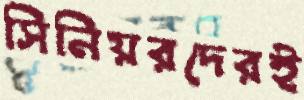
সিনিয়রদেরই